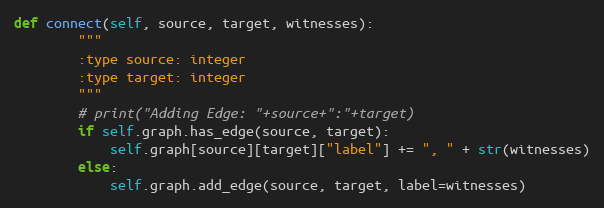
Language: Python
def connect(self, source, target, witnesses):
        """
        :type source: integer
        :type target: integer
        """
        # print("Adding Edge: "+source+":"+target)
        if self.graph.has_edge(source, target):
            self.graph[source][target]["label"] += ", " + str(witnesses)
        else:
            self.graph.add_edge(source, target, label=witnesses)